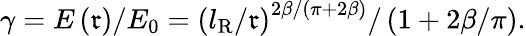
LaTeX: \gamma=E\left(\mathfrak{r}\right)/E_{0}=\left(l_{\mathrm{{R}}}/\mathfrak{r}\right)^{2\beta/\left(\pi+2\beta\right)}/\left(1+2\beta/\pi\right).